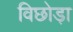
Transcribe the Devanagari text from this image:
विछोड़ा